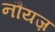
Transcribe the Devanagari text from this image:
नौयज़